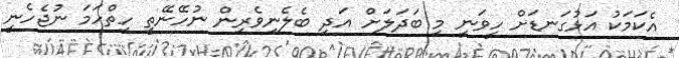
އެކަމަކު އަޅުގަނޑަށް ހީވަނީ މި ބަދަލަށް އަދި ބެލެނިވެރިން ނުހޭނޭތީ ހިތްހަމަ ނުޖެހެނީ